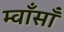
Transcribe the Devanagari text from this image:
म्वाँसाँ